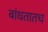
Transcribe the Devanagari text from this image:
बांधतातच